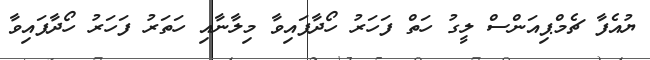
ޔުއެފާ ޗެމްޕިއަންސް ލީގު ހަތް ފަހަރު ހޯދާފައިވާ މިލާނާއި ހަތަރު ފަހަރު ހޯދާފައިވާ